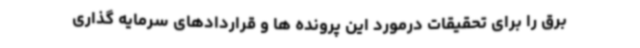
برق را برای تحقیقات درمورد این پرونده ها و قراردادهای سرمایه گذاری